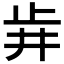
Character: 𣥟